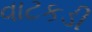
વાટકડી